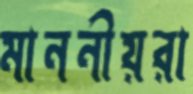
মাননীয়রা